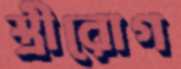
স্ত্রীরোগ